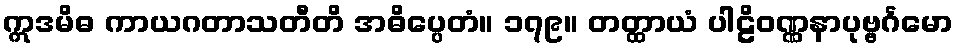
ဣဒမိဓ ကာယဂတာသတီတိ အဓိပ္ပေတံ။ ၁၇၉။ တတ္ထာယံ ပါဠိဝဏ္ဏနာပုဗ္ဗင်္ဂမော